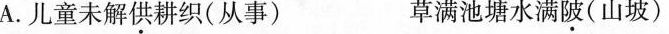
A.儿童未解供耕织(从事) 草满池塘水满陂(山坡)